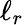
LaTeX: \ell_{r}